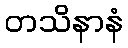
တသိနာနံ